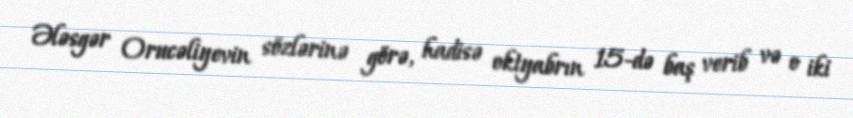
Ələsgər Orucəliyevin sözlərinə görə, hadisə oktyabrın 15-də baş verib və o iki